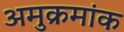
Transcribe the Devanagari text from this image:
अमुक्रमांक